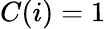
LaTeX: C(i)=1